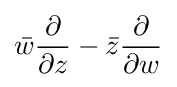
{\bar {w}}{\frac {\partial }{\partial z}}-{\bar {z}}{\frac {\partial }{\partial w}}